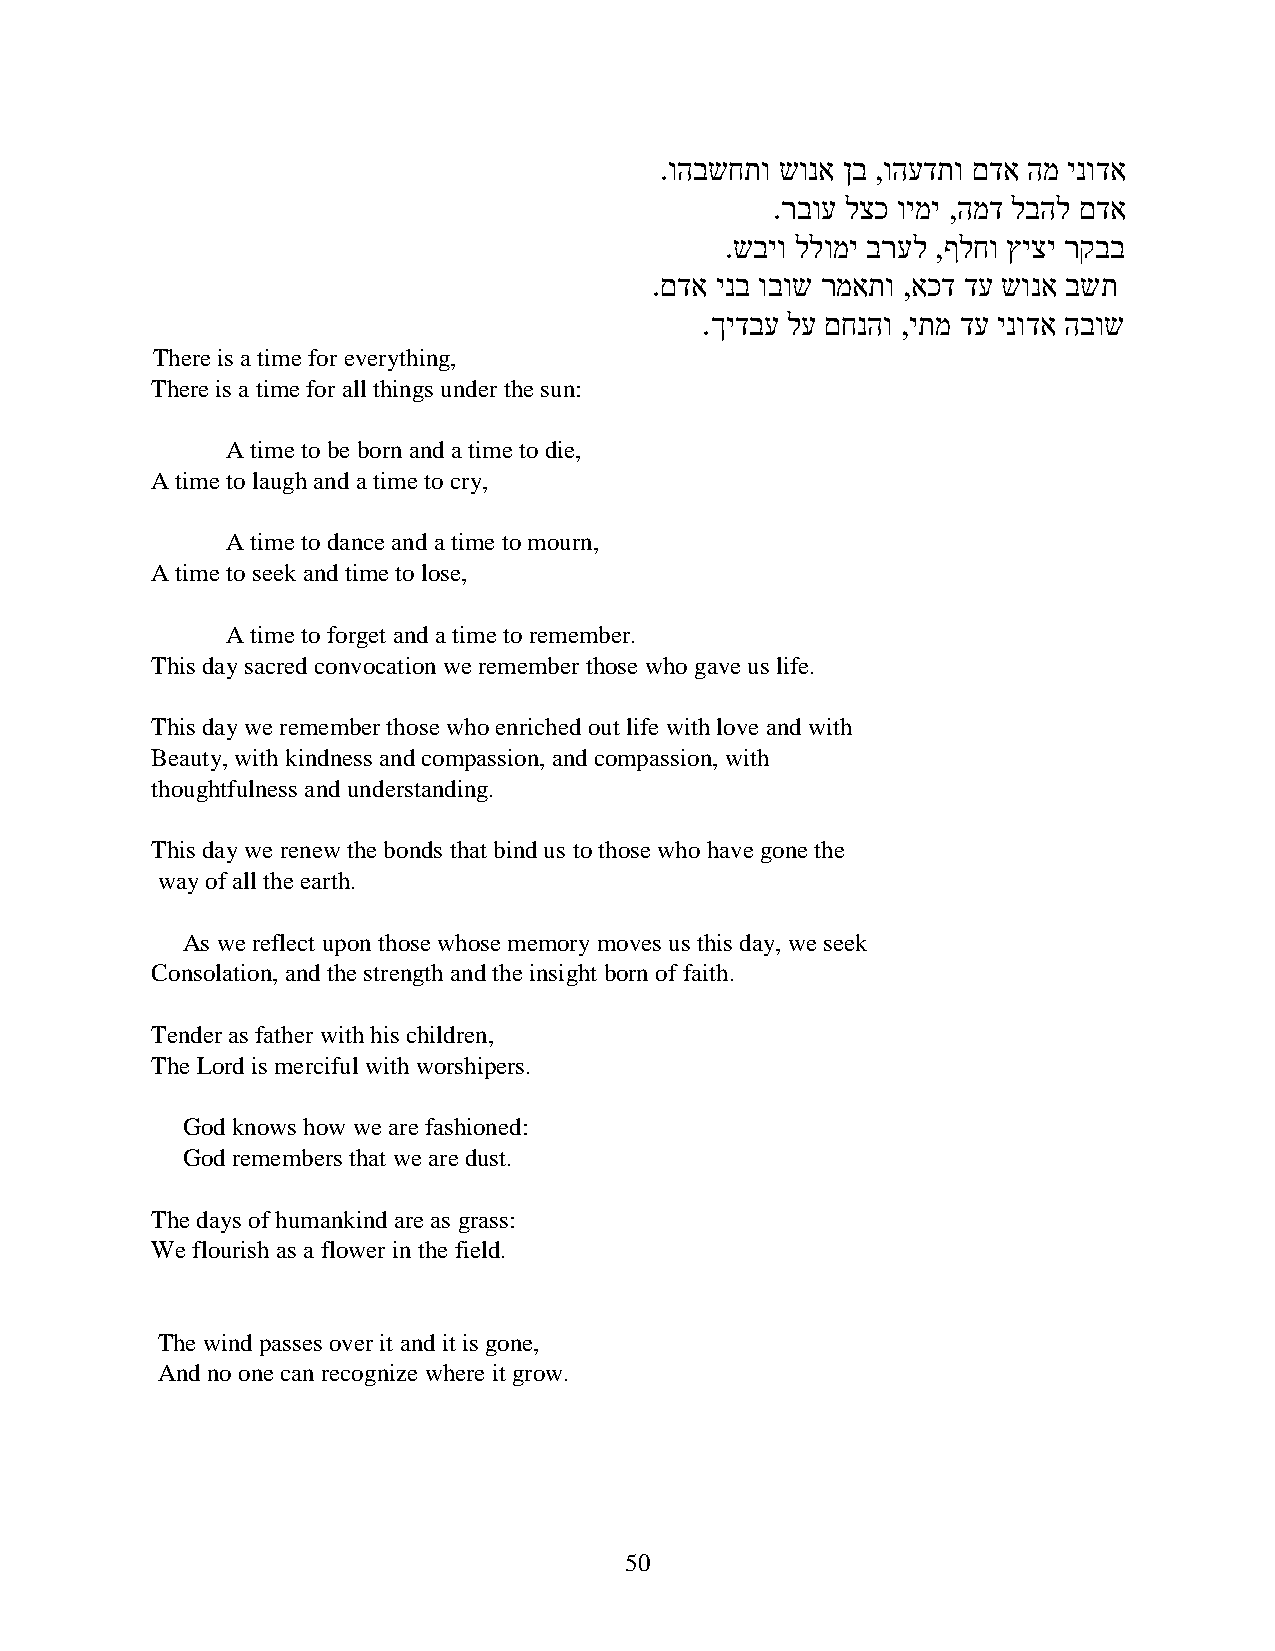
.והבשחתו שונא ןב ,והעדתו םדא המ ינודא
 .רבוע לצכ וימי ,המד לבהל םדא
 .שביו ללומי ברעל ,ףלחו ץיצי רקבב
 .םדא ינב ובוש רמאתו ,אכד דע שונא בשת
 .ךידבע לע םחנהו ,יתמ דע ינודא הבוש
 There is a time for everything,
 There is a time for all things under the sun:
 A time to be born and a time to die,
 A time to laugh and a time to cry,
 A time to dance and a time to mourn,
 A time to seek and time to lose,
 A time to forget and a time to remember.
 This day sacred convocation we remember those who gave us life.
 This day we remember those who enriched out life with love and with
 Beauty, with kindness and compassion, and compassion, with
 thoughtfulness and understanding.
 This day we renew the bonds that bind us to those who have gone the
 way of all the earth.
 As we reflect upon those whose memory moves us this day, we seek
 Consolation, and the strength and the insight born of faith.
 Tender as father with his children,
 The Lord is merciful with worshipers.
 God knows how we are fashioned:
 God remembers that we are dust.
 The days of humankind are as grass:
 We flourish as a flower in the field.
 The wind passes over it and it is gone,
 And no one can recognize where it grow.
 50